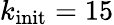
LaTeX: k_{\textrm{init}}=15